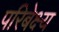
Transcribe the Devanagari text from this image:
परिबेक्ष्य